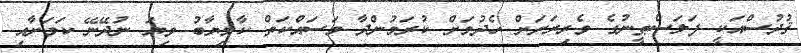
ޤުދުސްއަކީ ފަލަސްޠީނުގެ ވެރިރަށަށް ހެދުމަށް ކުރަމުންދާ މަސައްކަތް ކާމިޔާބު ވިޔަ ނުދޭނޭ ކަމަށާއި